画像に写った文字を読んでください
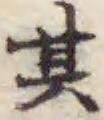
「其」と書いてあります